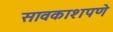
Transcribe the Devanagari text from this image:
सावकाशपणे